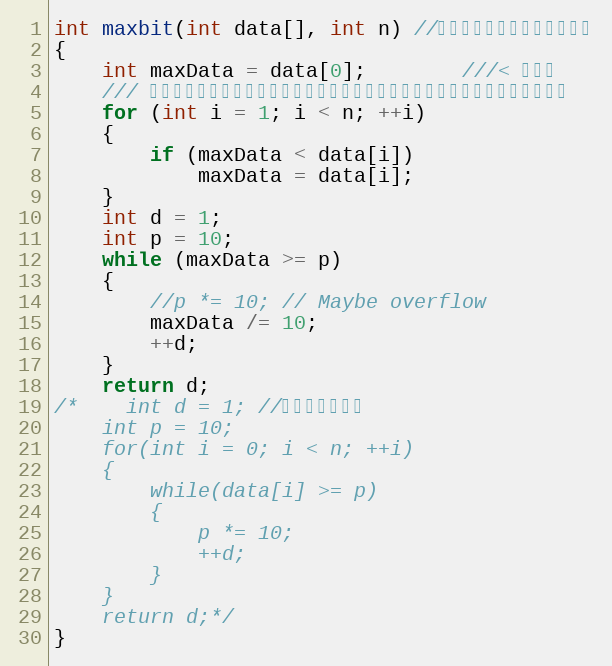
Language: C
int maxbit(int data[], int n) //辅助函数，求数据的最大位数
{
    int maxData = data[0];		///< 最大数
    /// 先求出最大数，再求其位数，这样有原先依次每个数判断其位数，稍微优化点。
    for (int i = 1; i < n; ++i)
    {
        if (maxData < data[i])
            maxData = data[i];
    }
    int d = 1;
    int p = 10;
    while (maxData >= p)
    {
        //p *= 10; // Maybe overflow
        maxData /= 10;
        ++d;
    }
    return d;
/*    int d = 1; //保存最大的位数
    int p = 10;
    for(int i = 0; i < n; ++i)
    {
        while(data[i] >= p)
        {
            p *= 10;
            ++d;
        }
    }
    return d;*/
}